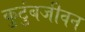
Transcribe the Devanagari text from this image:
कुटुंबजीवन